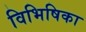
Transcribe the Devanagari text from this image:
विभिषिका